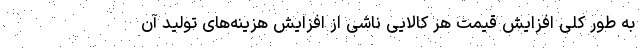
به طور کلی افزایش قیمت هر کالایی ناشی از افزایش هزینه‌های تولید آن